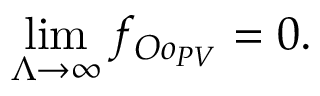
\operatorname * { l i m } _ { \Lambda \to \infty } f _ { O o _ { P V } } = 0 .